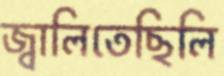
জ্বালিতেছিলি